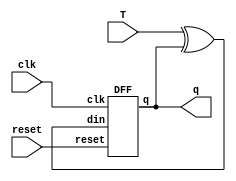
//T flip flop implementation
//using D flip flop and behavioral

module TFF(T,clk,reset,q);
    input T,clk,reset;
    output q;
    wire w;
    assign w = T^q;
    DFF df(w,clk,reset,q);
endmodule

module DFF(din,clk,reset,q);
    input din,clk,reset;
    output reg q;
    always@(posedge clk)
    begin
        if(reset)
            q = 1'b0;
        else
            q = din;
    end
endmodule

module TFF_b(clk, reset, t, q);
    input clk, reset, t;
    output reg q;
    always@(posedge clk) 
    begin
        if (!reset)
            q <= 0;
        else
            q <= q;
    end
endmodule